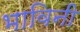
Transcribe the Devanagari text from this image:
भाविनी